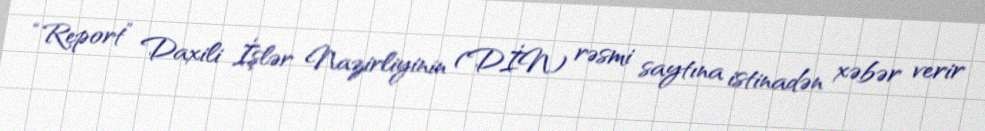
“Report” Daxili İşlər Nazirliyinin (DİN) rəsmi saytına istinadən xəbər verir